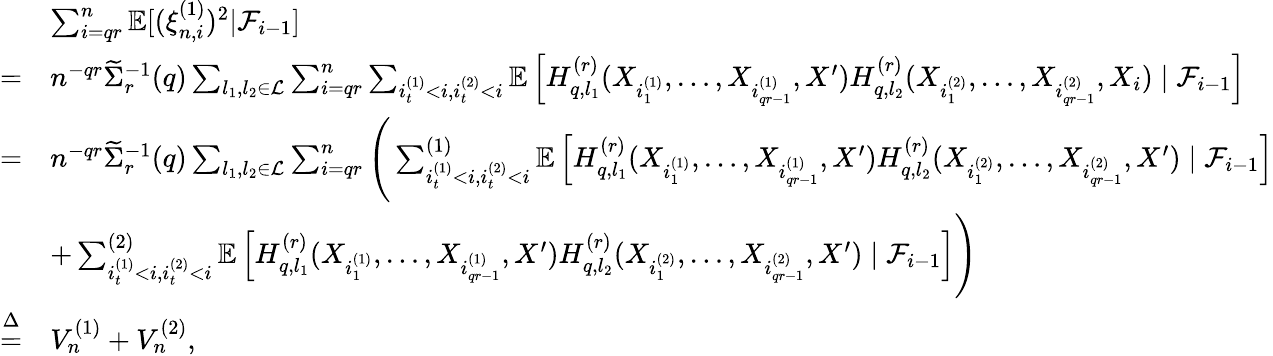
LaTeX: \begin{array}{rl}&{\sum_{i=qr}^{n}\mathbb{E}[(\xi_{n,i}^{(1)})^{2}|\mathcal{F}_{i-1}]}\\ {=}&{n^{-qr}\widetilde\Sigma_{r}^{-1}(q)\sum_{l_{1},l_{2}\in\mathcal{L}}\sum_{i=qr}^{n}\sum_{i_{t}^{(1)}<i,i_{t}^{(2)}<i}\mathbb{E}\left[H_{q,l_{1}}^{(r)}(X_{i_{1}^{(1)}},\ldots,X_{i_{qr-1}^{(1)}},X^{\prime})H_{q,l_{2}}^{(r)}(X_{i_{1}^{(2)}},\ldots,X_{i_{qr-1}^{(2)}},X_{i})\mid\mathcal{F}_{i-1}\right]}\\ {=}&{n^{-qr}\widetilde\Sigma_{r}^{-1}(q)\sum_{l_{1},l_{2}\in\mathcal{L}}\sum_{i=qr}^{n}\Bigg(\sum_{i_{t}^{(1)}<i,i_{t}^{(2)}<i}^{(1)}\mathbb{E}\left[H_{q,l_{1}}^{(r)}(X_{i_{1}^{(1)}},\ldots,X_{i_{qr-1}^{(1)}},X^{\prime})H_{q,l_{2}}^{(r)}(X_{i_{1}^{(2)}},\ldots,X_{i_{qr-1}^{(2)}},X^{\prime})\mid\mathcal{F}_{i-1}\right]}\\ &{+\sum_{i_{t}^{(1)}<i,i_{t}^{(2)}<i}^{(2)}\mathbb{E}\left[H_{q,l_{1}}^{(r)}(X_{i_{1}^{(1)}},\ldots,X_{i_{qr-1}^{(1)}},X^{\prime})H_{q,l_{2}}^{(r)}(X_{i_{1}^{(2)}},\ldots,X_{i_{qr-1}^{(2)}},X^{\prime})\mid\mathcal{F}_{i-1}\right]\Bigg)}\\ {\overset{\Delta}{=}}&{V_{n}^{(1)}+V_{n}^{(2)},}\end{array}